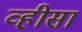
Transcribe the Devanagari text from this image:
व्हीसा